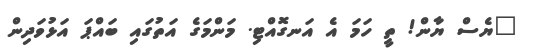
"ޔެސް ޔާން! ތީ ހަމަ އެ އަނގޮއްޓި. މަންމަގެ އަތުގައި ބައްޕަ އަޅުވަދިން